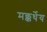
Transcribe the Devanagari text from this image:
मक्कर्थेय